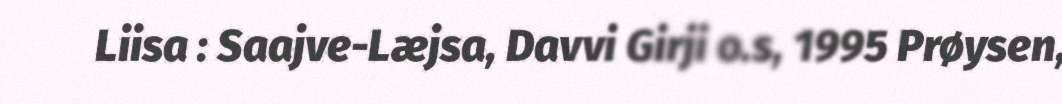
Liisa : Saajve-Læjsa, Davvi Girji o.s, 1995 Prøysen,